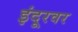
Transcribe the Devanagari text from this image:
इंदूरवर